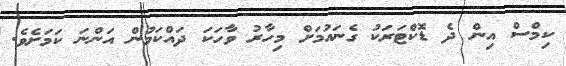
ކިމްސް އިން ދެ ޑޮކްޓަރަކު ގެނައުމަށް މިހާރު ވާހަކަ ދައްކަމުން އަންނަ ކަމަށެވެ.